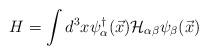
\begin{align*}H=\int d^{3}x \psi_{\alpha}^{\dagger}(\vec{x}){\cal H}_{\alpha \beta}\psi_{\beta}(\vec{x})\end{align*}